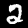
Digit: 2